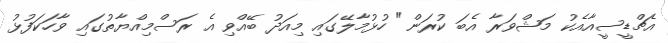
އެޗްޑީސީއާއެކު މަޝްވަރާ އެބަ ކުރަން" ހުޅުމާލޭގައި މިއަދު ބޭއްވި އެ ރަސްމިއްޔާތުގައި ވާހަކަފުޅު